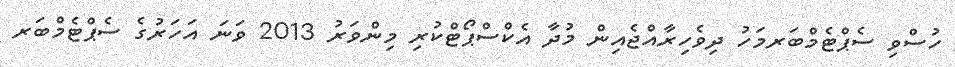
ހުސްވި ސެޕްޓެމްބަރމަހު ދިވެހިރާއްޖެއިން މުދާ އެކްސްޕޯޓްކުރި މިންވަރު 2013 ވަނަ އަހަރުގެ ސެޕްޓެމްބަރ